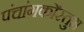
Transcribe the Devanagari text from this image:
पंचांगकौस्तुभ